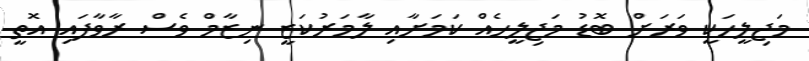
މަޖިލީހަކީ ވަރަށް ބޮޑު މަޖިލީހެއް ކަމަށާއި ލާމަރުކަޒީ ނިޒާމް ވެސް ރާވާފައި އޮތީ